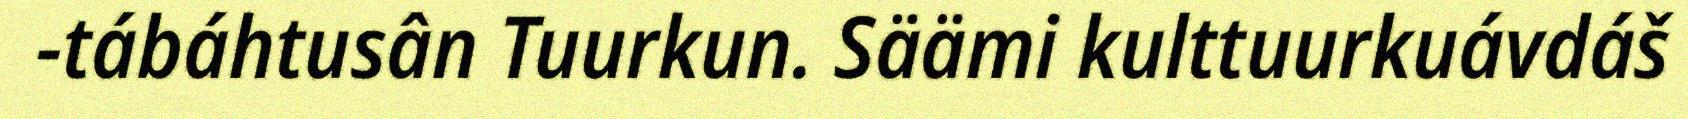
-tábáhtusân Tuurkun. Säämi kulttuurkuávdáš